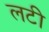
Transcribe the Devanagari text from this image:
लटी